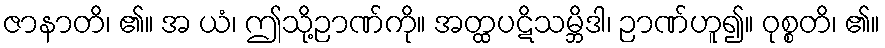
ဇာနာတိ၊ ၏။ အ ယံ၊ ဤသို့ဉာဏ်ကို။ အတ္ထပဋိသမ္ဘိဒါ၊ ဉာဏ်ဟူ၍။ ဝုစ္စတိ၊ ၏။